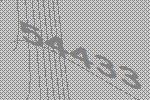
54433